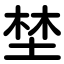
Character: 埜